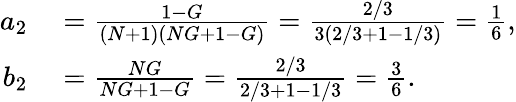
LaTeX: \begin{array}{rl}{a_{2}}&{{}=\frac{1-G}{(N+1)(NG+1-G)}=\frac{2/3}{3\left(2/3+1-1/3\right)}=\frac{1}{6},}\\ {b_{2}}&{{}=\frac{NG}{NG+1-G}=\frac{2/3}{2/3+1-1/3}=\frac{3}{6}.}\end{array}